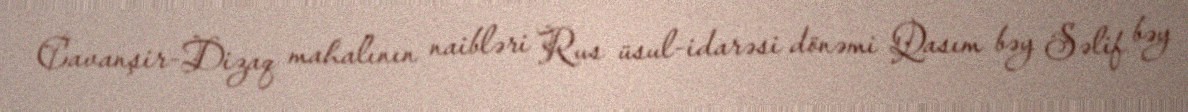
Cavanşir-Dizaq mahalının naibləri Rus üsul-idarəsi dönəmi Qasım bəy Səlif bəy